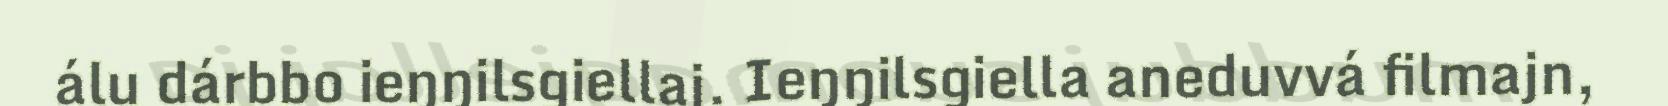
álu dárbbo ieŋŋilsgiellaj. Ieŋŋilsgiella aneduvvá filmajn,